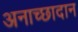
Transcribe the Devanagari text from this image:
अनाच्छादान